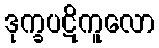
ဒုက္ခပဋိကူလော